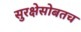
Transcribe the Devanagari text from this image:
सुरक्षेसोबतच